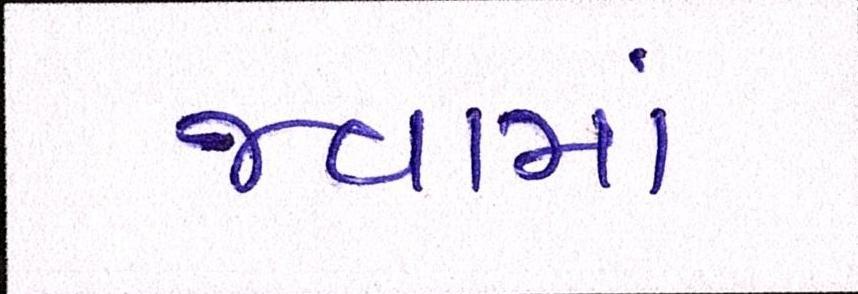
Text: જવામાં